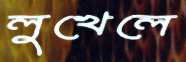
লুখেলে